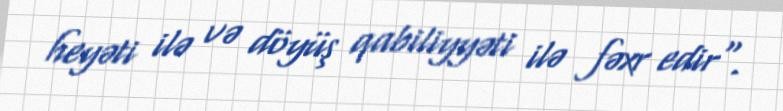
heyəti ilə və döyüş qabiliyyəti ilə fəxr edir".